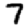
Digit: 7